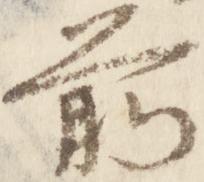
前